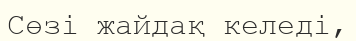
Сөзі жайдақ келеді,